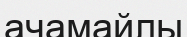
ачамайлы